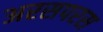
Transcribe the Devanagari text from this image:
अरसपरस